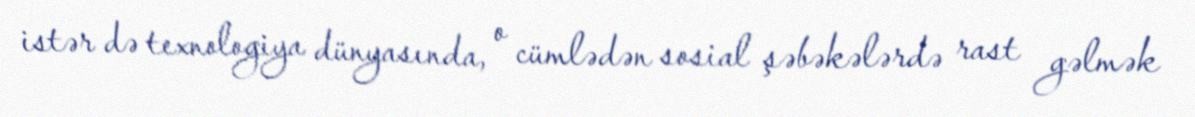
istər də texnologiya dünyasında, o cümlədən sosial şəbəkələrdə rast gəlmək